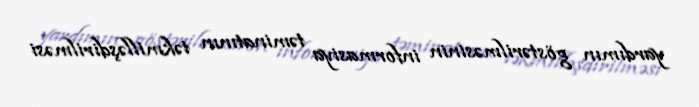
yardımın göstərilməsinin informasiya təminatının təkmilləşdirilməsi